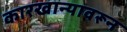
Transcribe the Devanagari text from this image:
कारखान्यावरून